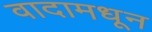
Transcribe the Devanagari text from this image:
वादामधून